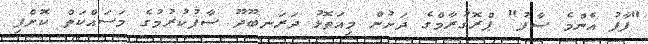
"ފާފު އެންމެ ސާފު" ޕްރޮގުރާމްގެ ދަށުން މިއަތޮޅު ދަރަނބޫދޫ ސާފުކުރުމުގެ މަސައްކަތް ކޮށްފި